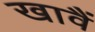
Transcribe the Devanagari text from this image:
खावैं